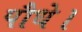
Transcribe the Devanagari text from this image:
पौधे।